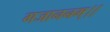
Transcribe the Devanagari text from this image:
गजाननम्।।